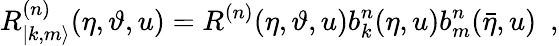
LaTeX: R_{|k,m\rangle}^{(n)}(\eta,\vartheta,u)=R^{(n)}(\eta,\vartheta,u)b_{k}^{n}(\eta,u)b_{m}^{n}(\bar{\eta},u)\, \, \, ,